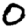
Digit: 0